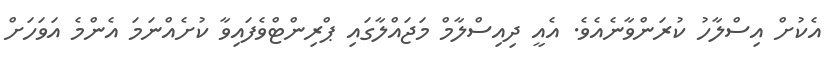
އެކުށް އިސްލާހު ކުރަންވާނެއެވެ. އެއީ ދިއިސްލާމް މަޖައްލާގައި ޕްރިންޓްވެފައިވާ ކުށެއްނަމަ އެންމެ އަވަހަށް